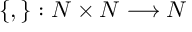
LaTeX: \left\{ , \right\} : N \times N \longrightarrow N